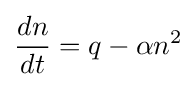
{dn \over dt}=q-\alpha n^{2}